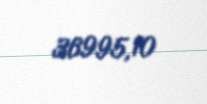
36995,10